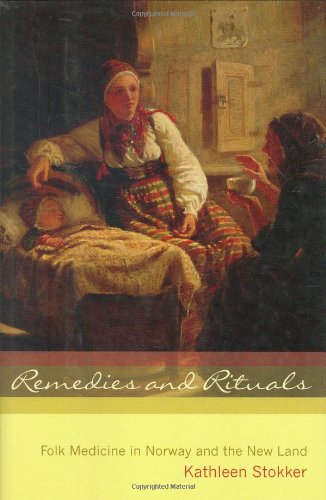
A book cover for Remedies and Rituals: Folk Medicine in Norway and the New Land; Kathleen Stokker; Literature & Fiction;